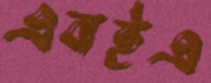
এনইএ